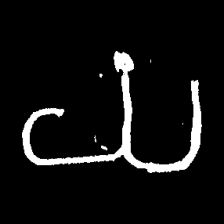
Pyu character \u2014 Myanmar letter: ယ (romanized: ya)